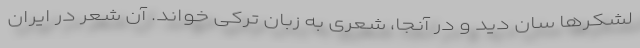
لشکرها سان دید و در آنجا، شعری به زبان ترکی خواند. آن شعر در ایران